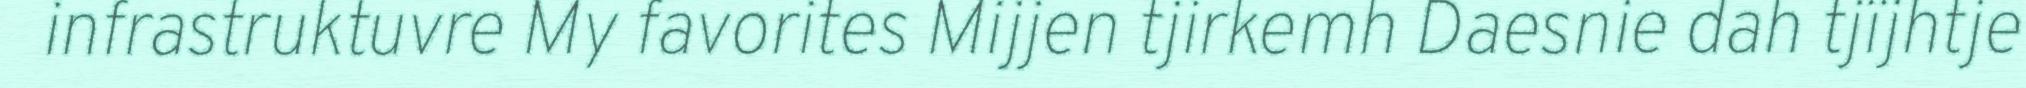
infrastruktuvre My favorites Mijjen tjirkemh Daesnie dah tjïjhtje